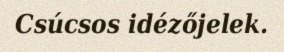
Csúcsos idézőjelek.